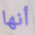
أنها